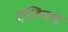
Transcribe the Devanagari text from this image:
एजियाड